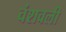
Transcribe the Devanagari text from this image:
वंशवली